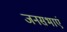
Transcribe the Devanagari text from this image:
जनसभाएं